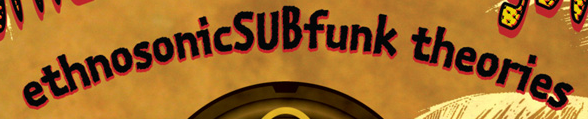
ethnosonicSUBfunk theories